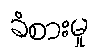
ခံစားမှု